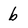
Character: b